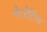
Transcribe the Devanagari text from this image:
नेटरेटिंग्स